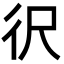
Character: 鿈